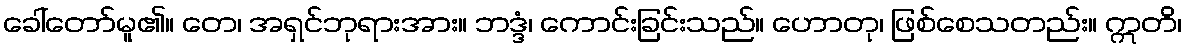
ခေါ်တော်မူ၏။ တေ၊ အရှင်ဘုရားအား။ ဘဒ္ဒံ၊ ကောင်းခြင်းသည်။ ဟောတု၊ ဖြစ်စေသတည်း။ ဣတိ၊